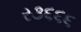
ર૩૬૬૬